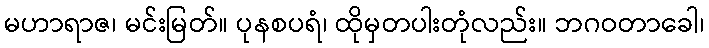
မဟာရာဇ၊ မင်းမြတ်။ ပုနစပရံ၊ ထိုမှတပါးတုံလည်း။ ဘဂဝတာခေါ၊